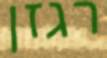
רגזן